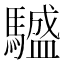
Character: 𩦝